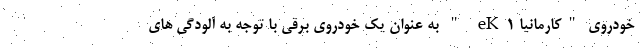
خودروی "کارمانیا eK1 " به عنوان یک خودروی برقی با توجه به آلودگی های